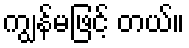
ကျွန်မဖြင့် တယ်။